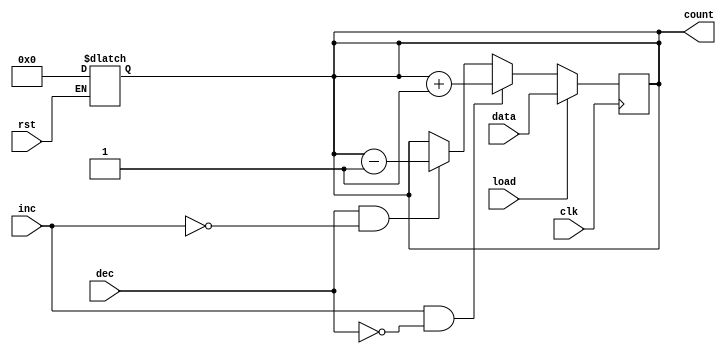
module AsyncLoadCounter (
    input wire clk,           // Clock signal
    input wire rst,           // Asynchronous reset
    input wire load,          // Load control signal
    input wire inc,           // Increment control signal
    input wire dec,           // Decrement control signal
    input wire [3:0] data,    // Data input for loading
    output reg [3:0] count    // Current count output
);

    // Asynchronous reset
    always @(*) begin
        if (rst) begin
            count = 4'b0000;  // Reset to 0
        end else begin
            count = count;    // Keep the current value (default)
        end
    end

    // Sequential logic for loading, incrementing, and decrementing
    always @(posedge clk) begin
        // Check if load is asserted
        if (load) begin
            count <= data;    // Load data
        end else if (inc && !dec) begin
            count <= count + 1; // Increment count
        end else if (dec && !inc) begin
            count <= count - 1; // Decrement count
        end
        // Note: Wrap-around handling is simplified; 
        // you can modify to handle overflow/underflow as needed
    end

endmodule